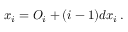
x _ { i } = O _ { i } + ( i - 1 ) d x _ { i } \, .